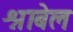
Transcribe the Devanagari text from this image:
श्नाबेल